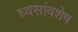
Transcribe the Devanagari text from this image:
ध्वसांवशेष